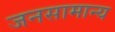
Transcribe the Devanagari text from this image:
जनसामान्‍य